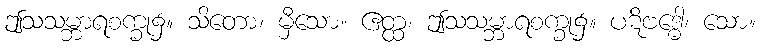
ဤသသမ္ဘာရစက္ခု၌။ သိတော၊ မှီသော။ ဧတ္ထ၊ ဤသသမ္ဘာရစက္ခု၌။ ပဋိဗဒ္ဓေါ၊ သော။